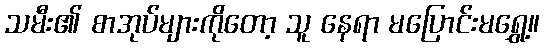
သမီး၏ စာအုပ်များကိုတော့ သူ နေရာ မပြောင်းမရွှေ့။